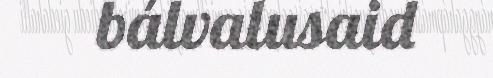
bálvalusaid